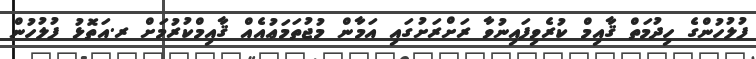
ފުލުހުންގެ ހިދުމަތް ޤާއިމް ކުރެވިފައިނުވާ ރަށްރަށުގައި އަމާން މުޖުތަމަޢުއެއް ޤާއިމްކުރުމަށް ރ.އަތޮޅު ފުލުހުން